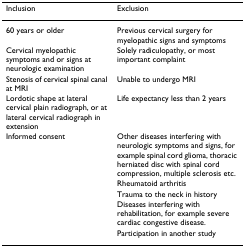
<table><thead><tr><td><b>Inclusion</b></td><td><b>Exclusion</b></td></tr></thead><tbody><tr><td>60 years or older</td><td>Previous cervical surgery for myelopathic signs and symptoms</td></tr><tr><td>Cervical myelopathic symptoms and or signs at neurologic examination</td><td>Solely radiculopathy, or most important complaint</td></tr><tr><td>Stenosis of cervical spinal canal at MRI</td><td>Unable to undergo MRI</td></tr><tr><td>Lordotic shape at lateral cervical plain radiograph, or at lateral cervical radiograph in extension</td><td>Life expectancy less than 2 years</td></tr><tr><td>Informed consent</td><td>Other diseases interfering with neurologic symptoms and signs, for example spinal cord glioma, thoracic herniated disc with spinal cord compression, multiple sclerosis etc.</td></tr><tr><td></td><td>Rheumatoid arthritis</td></tr><tr><td></td><td>Trauma to the neck in history</td></tr><tr><td></td><td>Diseases interfering with rehabilitation, for example severe cardiac congestive disease.</td></tr><tr><td></td><td>Participation in another study</td></tr></tbody></table>